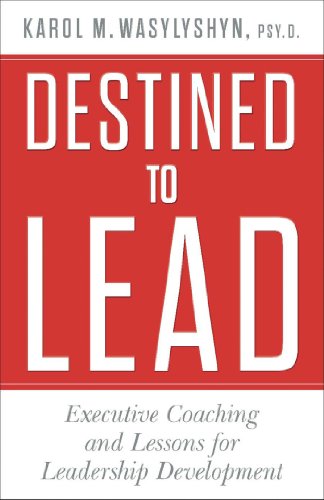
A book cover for Destined to Lead: Executive Coaching and Lessons for Leadership Development; Karol M. Wasylyshyn; Business & Money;